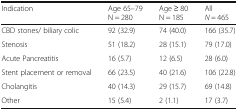
<table><thead><tr><td><b>Indication</b></td><td><b>Age 65–79N = 280</b></td><td><b>Age ≥ 80N = 185</b></td><td><b>All<i>N</i> = 465</b></td></tr></thead><tbody><tr><td>CBD stones/ biliary colic</td><td>92 (32.9)</td><td>74 (40.0)</td><td>166 (35.7)</td></tr><tr><td>Stenosis</td><td>51 (18.2)</td><td>28 (15.1)</td><td>79 (17.0)</td></tr><tr><td>Acute Pancreatitis</td><td>16 (5.7)</td><td>12 (6.5)</td><td>28 (6.0)</td></tr><tr><td>Stent placement or removal</td><td>66 (23.5)</td><td>40 (21.6)</td><td>106 (22.8)</td></tr><tr><td>Cholangitis</td><td>40 (14.3)</td><td>29 (15.7)</td><td>69 (14.8)</td></tr><tr><td>Other</td><td>15 (5.4)</td><td>2 (1.1)</td><td>17 (3.7)</td></tr></tbody></table>